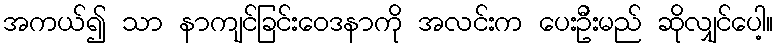
အကယ်၍ သာ နာကျင်ခြင်းဝေဒနာကို အလင်းက ပေးဦးမည် ဆိုလျှင်ပေါ့။